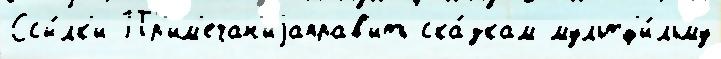
Ссы́лк'и Пр'им'ечан'иjаправ'ить ска́зкам мультф'и́льму